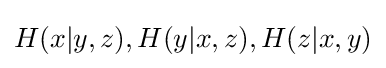
H(x|y,z),H(y|x,z),H(z|x,y)